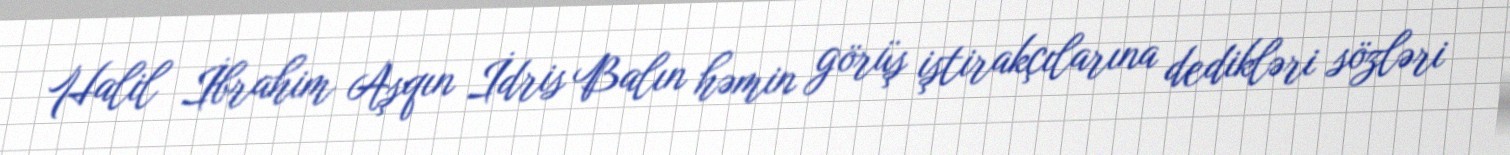
Halil İbrahim Aşqın İdris Balın həmin görüş iştirakçılarına dedikləri sözləri